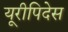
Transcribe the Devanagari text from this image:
यूरीपिदेस